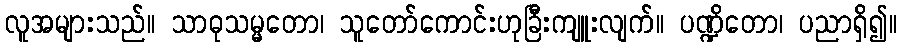
လူအများသည်။ သာဓုသမ္မတော၊ သူတော်ကောင်းဟုခြီးကျူးလျက်။ ပဏ္ဍိတော၊ ပညာရှိ၍။